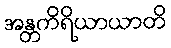
အန္တကိရိယာယာတိ